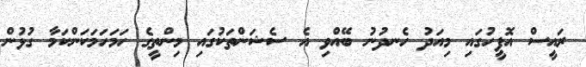
ރައީސް އޮފީހުގައި މިއަދު ހެނދުނު ބޭއްވި އެ ސެޝަންތަކުގައި މިންތީގެ ހަމަހަމަކަންކަމާ ގުޅުން